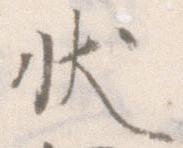
状